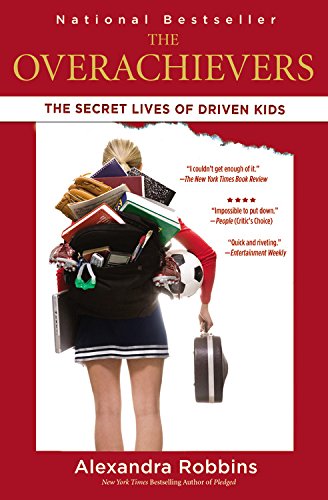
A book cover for The Overachievers: The Secret Lives of Driven Kids; Alexandra Robbins; Education & Teaching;